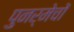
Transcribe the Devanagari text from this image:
पुनर्मेचों